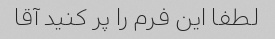
لطفا این فرم را پر کنید آقا